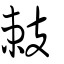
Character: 㩽